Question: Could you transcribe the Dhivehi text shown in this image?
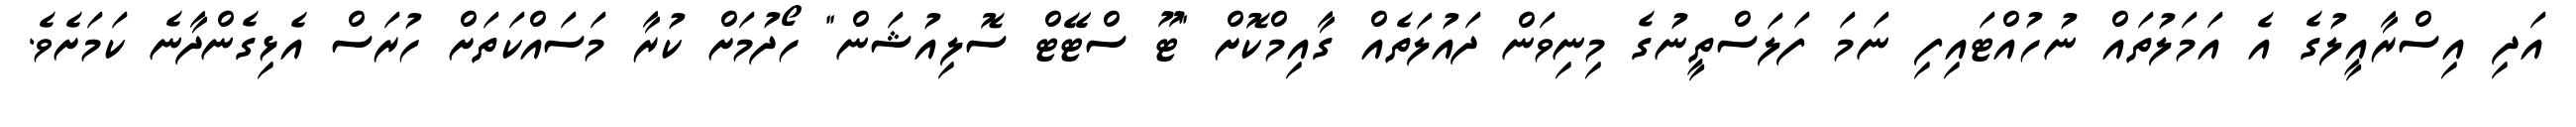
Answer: އަދި އިސްރާއީލުގެ އެ އަމަލުތައް ނުހުއްޓައިފި ނަމަ ފަލަސްތީނުގެ މިނިވަން ދައުލަތެއް ގާއިމްކޮށް "ޓޫ ސްޓޭޓް ސޮލިއުޝަން" ހޯދުމަށް ކުރާ މަސައްކަތަށް ހުރަސް އެޅިގެންދާނެ ކަމަށެވެ.